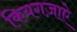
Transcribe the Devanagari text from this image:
कियगज़ाएे